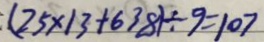
( 2 5 \times 1 3 + 6 3 8 ) \div 9 = 1 0 7